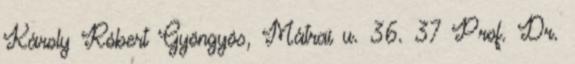
Károly Róbert Gyöngyös, Mátrai u. 36. 37 Prof. Dr.